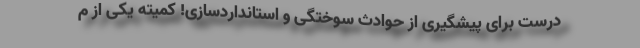
درست برای پیشگیری از حوادث سوختگی و استانداردسازی! کمیته یکی از م